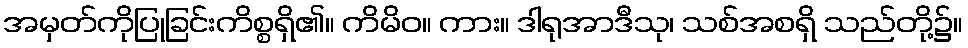
အမှတ်ကိုပြုခြင်းကိစ္စရှိ၏။ ကိမိဝ။ ကား။ ဒါရုအာဒီသု၊ သစ်အစရှိ သည်တို့၌။